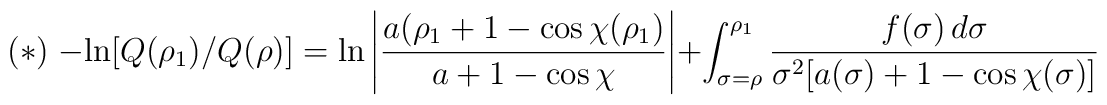
(*)\; -\ln [Q(\rho_1)/Q(\rho)]=\ln \left|\frac{a(\rho_{1}+1-\cos \chi(\rho_{1})}{a+1-\cos \chi}\right|+\int^{\rho_{1}}_{\sigma=\rho}\frac{f(\sigma)\,d\sigma}{\sigma^2[a(\sigma)+1-\cos \chi (\sigma)]}